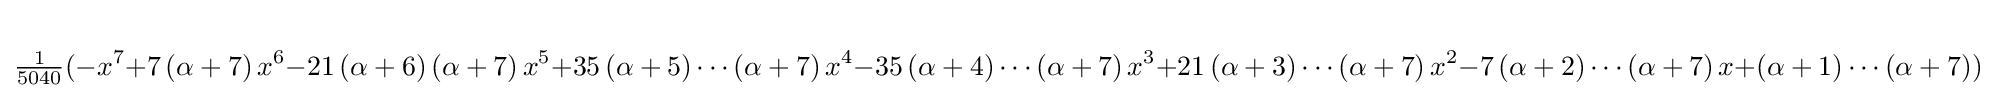
{\tfrac {1}{5040}}(-x^{7}+7\left(\alpha +7\right)x^{6}-21\left(\alpha +6\right)\left(\alpha +7\right)x^{5}+35\left(\alpha +5\right)\cdots \left(\alpha +7\right)x^{4}-35\left(\alpha +4\right)\cdots \left(\alpha +7\right)x^{3}+21\left(\alpha +3\right)\cdots \left(\alpha +7\right)x^{2}-7\left(\alpha +2\right)\cdots \left(\alpha +7\right)x+\left(\alpha +1\right)\cdots \left(\alpha +7\right))